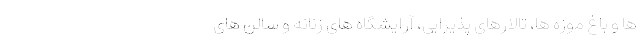
ها و باغ موزه ها، تالارهای پذیرایی، آرایشگاه های زنانه و سالن های